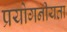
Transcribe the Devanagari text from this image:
प्रयोगनीयता